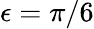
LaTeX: \epsilon=\pi/6